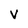
Character: v